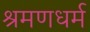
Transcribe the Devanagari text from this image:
श्रमणधर्म